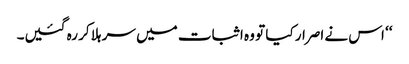
‘‘ اس نے اصرار کیا تو وہ اثبات میں سر ہلا کر رہ گئیں۔